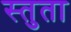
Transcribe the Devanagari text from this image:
स्तुता